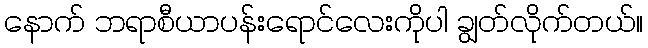
နောက် ဘရာစီယာပန်းရောင်လေးကိုပါ ချွတ်လိုက်တယ်။